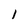
Character: 1